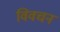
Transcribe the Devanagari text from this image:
विवचन